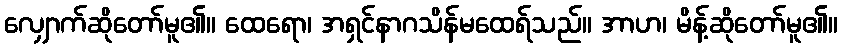
လျှောက်ဆိုတော်မူ၏။ ထေရော၊ အရှင်နာဂသိန်မထေရ်သည်။ အာဟ၊ မိန့်ဆိုတော်မူ၏။